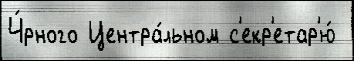
Ч́рного Центра́льном с'екр'етар'ю́